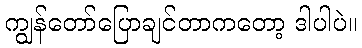
ကျွန်တော်ပြောချင်တာကတော့ ဒါပါပဲ။